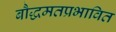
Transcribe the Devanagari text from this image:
बौद्धमतप्रभावित